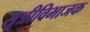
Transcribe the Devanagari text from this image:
सूत्रीविभाजक